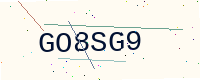
Text: GO8SG9